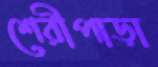
শেরীপাড়া